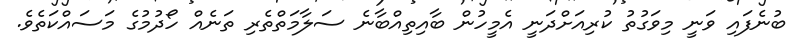
ބުނެފައި ވަނީ މިވަގުތު ކުރިއަށްދަނީ އެމީހުން ބާއިތިއްބާނެ ސަލާމަތްތެރި ތަނެއް ހޯދުމުގެ މަސައްކަތެވެ.